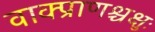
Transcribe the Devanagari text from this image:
वाक्प्राणश्चक्षुः